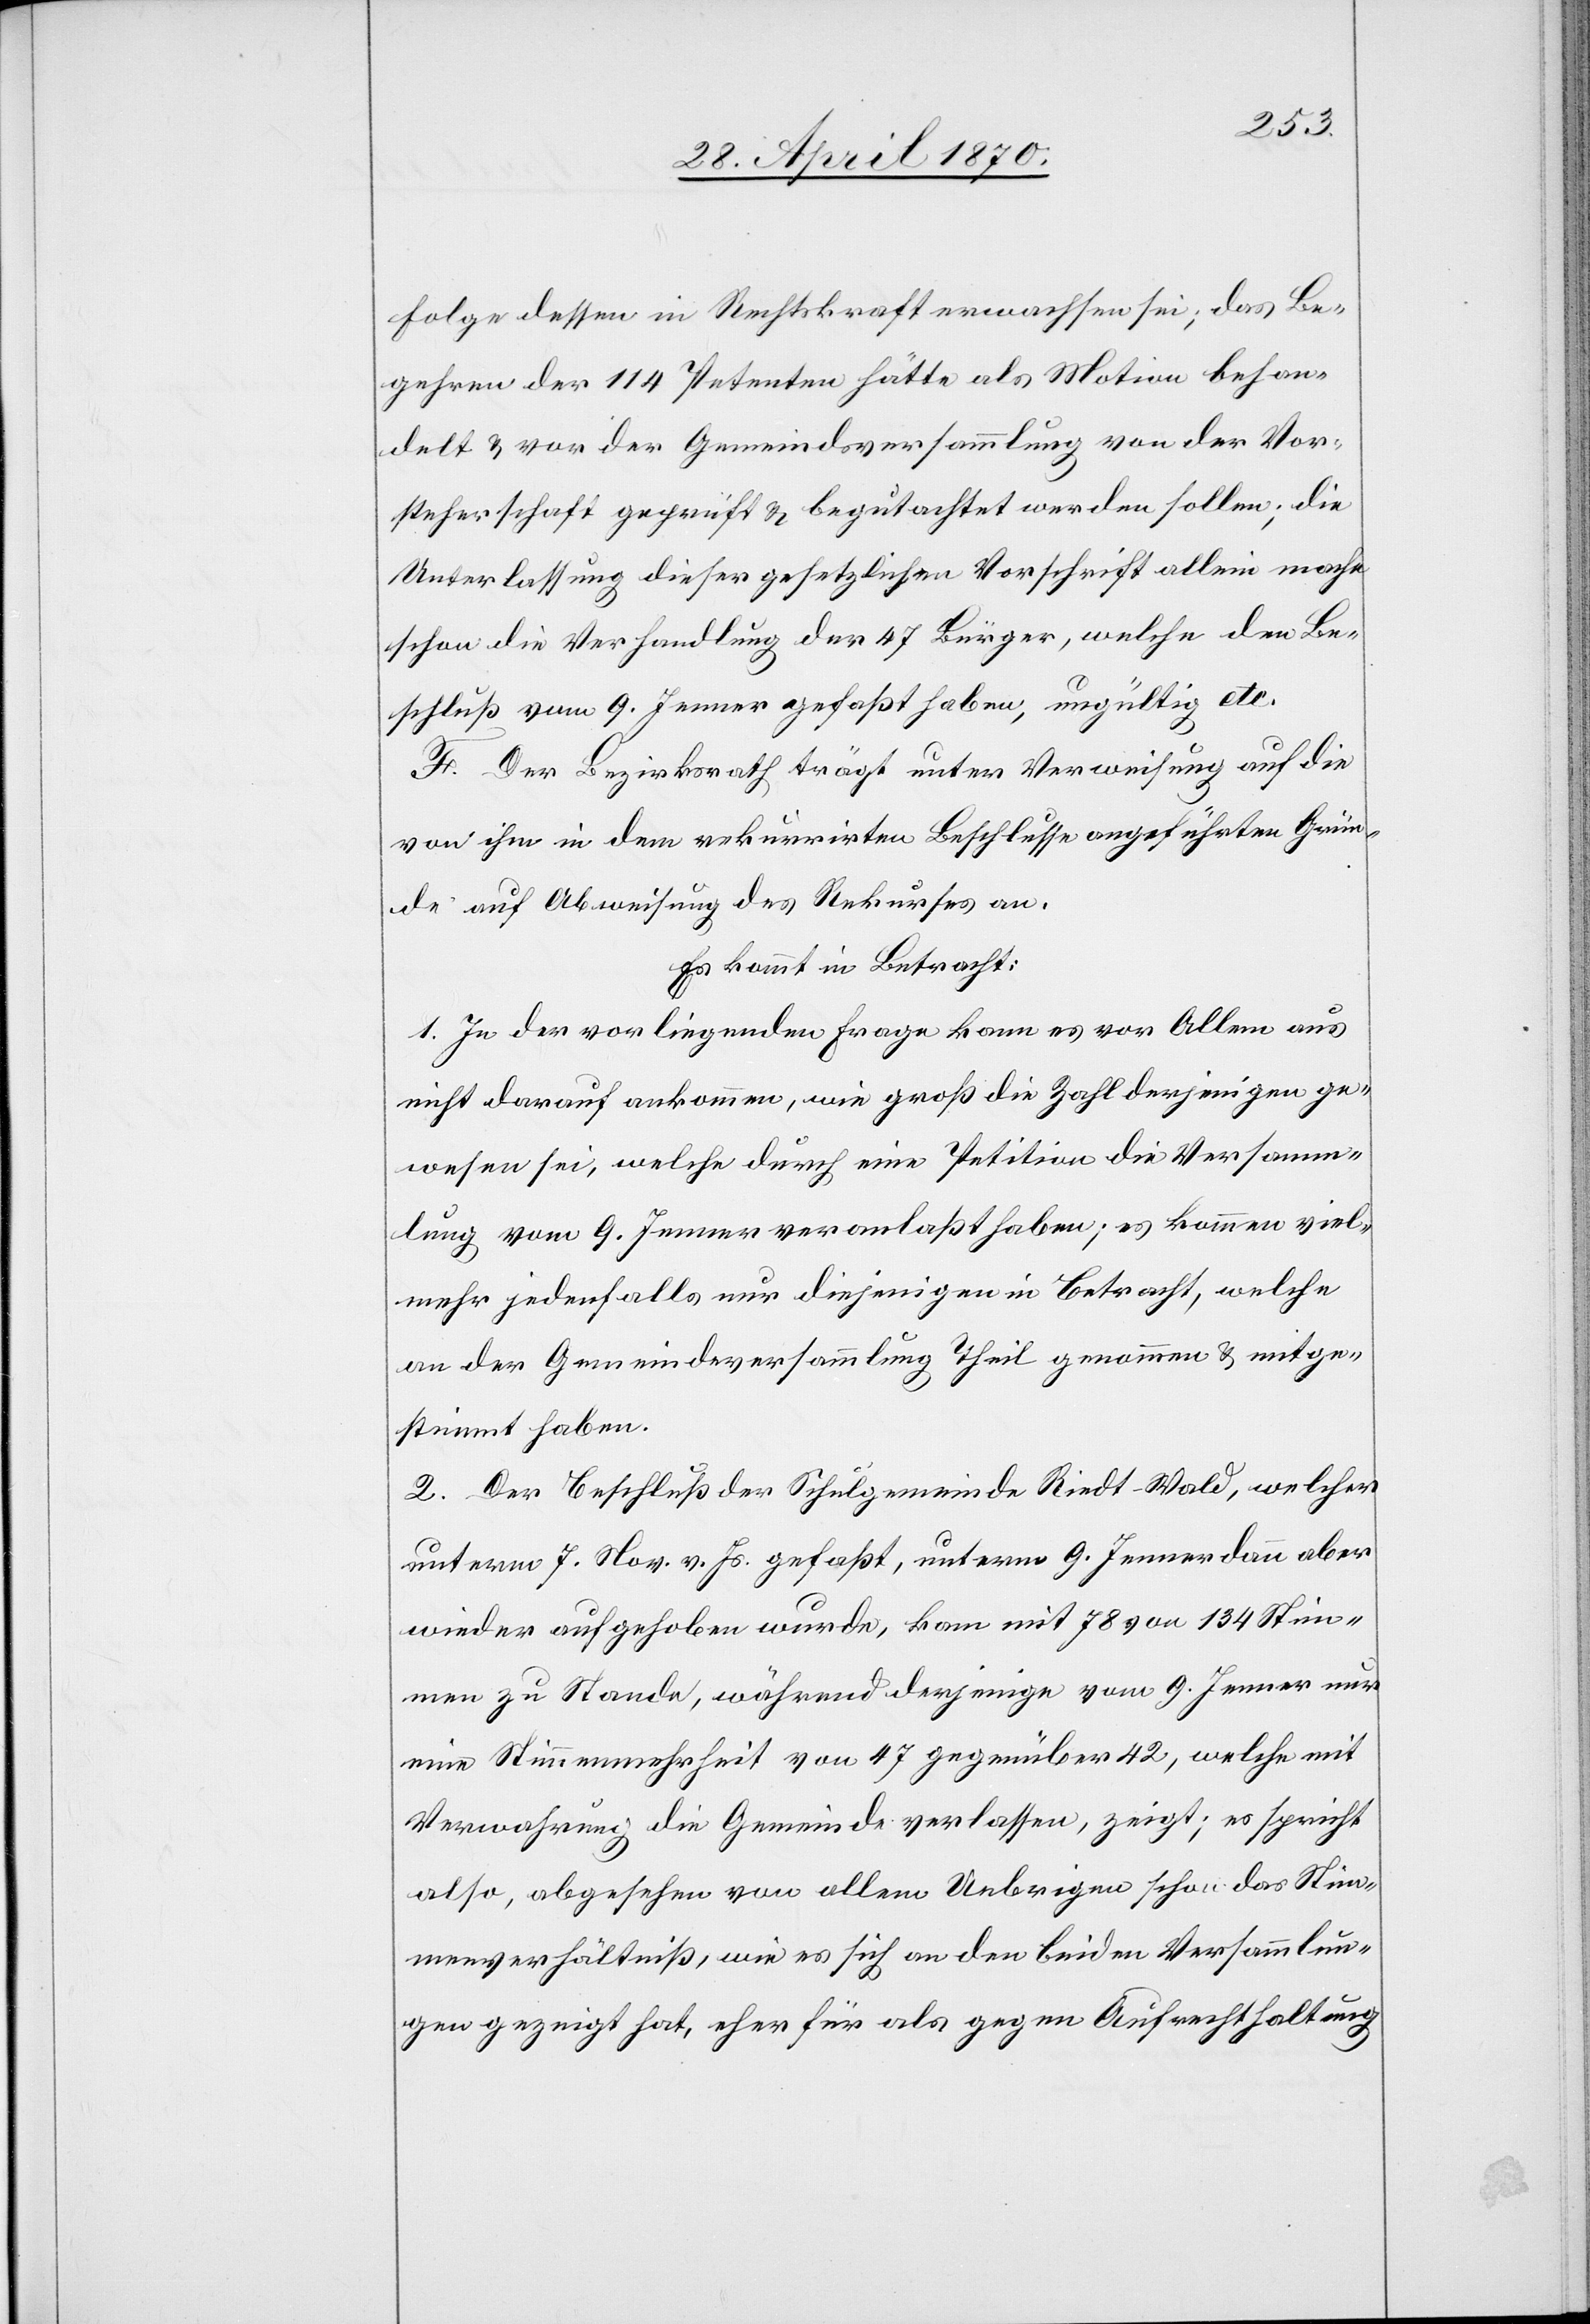
Folge dessen in Rechtskraft erwachsen sei; das Be¬
gehren der 114 Petenten hätte als Motion behan¬
delt & vor der Gemeindsversammlung von der Vor¬
steherschaft geprüft & begutachtet werden sollen; die
Unterlassung dieser gesetzlichen Vorschrift allein mache
schon die Verhandlung der 47 Bürger, welche den Be¬
schluß vom 9. Jenner gefaßt haben, ungültig etc.
F. Der Bezirksrath trägt unter Verweisung auf die
von ihm in dem rekurrirten Beschlusse angeführten Grün¬
de auf Abweisung des Rekurses an.
Es kommt in Betracht:
1. In der vorliegenden Frage kann es vor Allem aus
nicht darauf ankommen, wie groß die Zahl derjenigen ge¬
wesen sei, welche durch eine Petition die Versamm¬
lung vom 9. Jenner veranlaßt haben; es kommen viel¬
mehr jedenfalls nur diejenigen in Betracht, welche
an der Gemeindeversammlung Theil genommen & mitge¬
stimmt haben.
2. Der Beschluß der Schulgemeinde Riedt-Wald, welcher
unterm 7. Nov. v. Js. gefaßt, unterm 9. Jenner dann aber
wieder aufgehoben wurde, kam mit 78 von 134 Stim¬
men zu Stande, während derjenige vom 9. Jenner nur
eine Stimmenmehrheit von 47 gegenüber 42, welche mit
Verwahrung die Gemeinde verlassen, zeigt; es spricht
also, abgesehen von allem Uebrigen schon das Stim¬
menverhältniß, wie es sich an den beiden Versammlun¬
gen gezeigt hat, eher für als gegen Aufrechthaltung